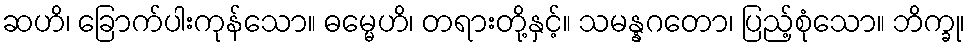
ဆဟိ၊ ခြောက်ပါးကုန်သော။ ဓမ္မေဟိ၊ တရားတို့နှင့်။ သမန္နဂတော၊ ပြည့်စုံသော။ ဘိက္ခု၊